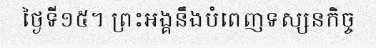
ថ្ងៃទី១៥។ ព្រះអង្គនឹងបំពេញទស្សនកិច្ច